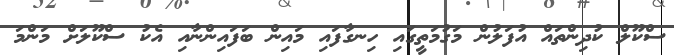
ސްކޫލް ކުދިންތައް އުފަލުން މަގުމަތީގައި ހިނގާފައި މައިން ބަފައިންނާއި އެކު ސްކޫލަށް މަންމަ